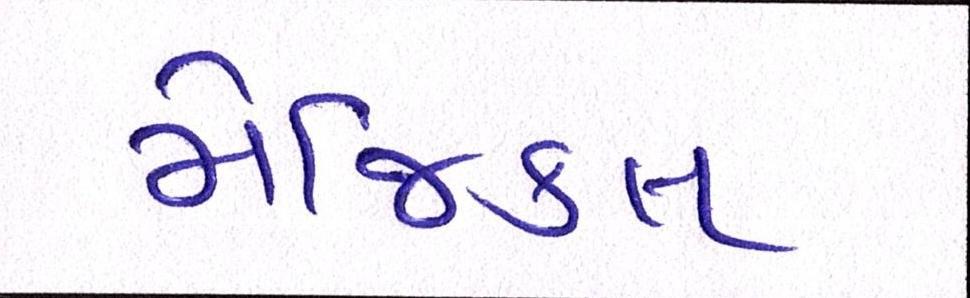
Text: મેજિકલ